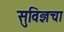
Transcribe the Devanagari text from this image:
सुविज्ञचा